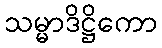
သမ္မာဒိဋ္ဌိကော